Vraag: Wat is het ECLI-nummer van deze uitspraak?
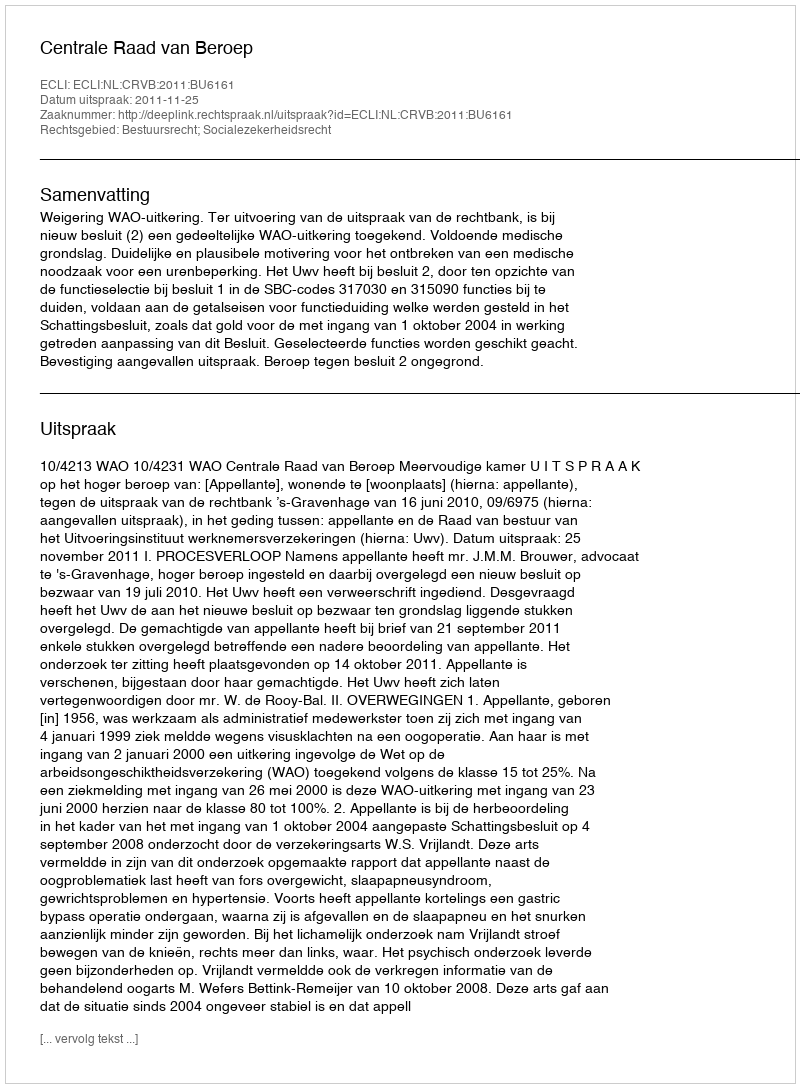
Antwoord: ECLI:NL:CRVB:2011:BU6161